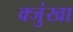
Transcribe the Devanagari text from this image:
क्जुंखा